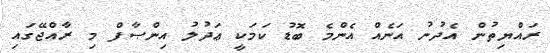
ރައްޔިތުން އެދުނު އަނެއް އެންމެ ބޮޑު ކަމަކީ ޢަދުލު އިންޞާފް މި ރާއްޖޭގައި